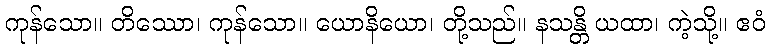
ကုန်သော။ တိဿော၊ ကုန်သော။ ယောနိယော၊ တို့သည်။ နသန္တိ ယထာ၊ ကဲ့သို့။ ဧဝံ